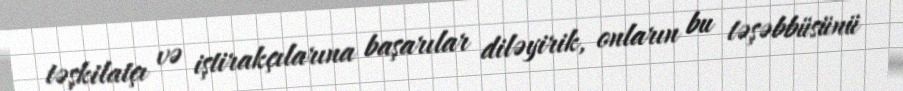
təşkilatçı və iştirakçılarına başarılar diləyirik, onların bu təşəbbüsünü